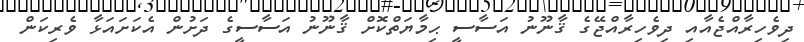
ދިވެހިރާއްޖެއާއި ދިވެހިރާއްޖޭގެ ޤާނޫނު އަސާސީ ޙިމާޔަތްކޮށް ޤާނޫނު އަސާސީގެ ދަށުން އެކަށައަޅާ ވެރިކަން